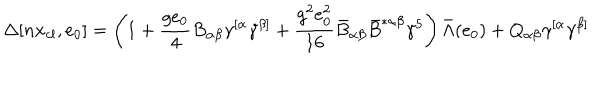
LaTeX: \Delta [ n x _ { c l } , e _ { 0 } ] = \left( 1 + \frac { g e _ { 0 } } { 4 } B _ { \alpha \beta } \gamma ^ { [ \alpha } \gamma ^ { \beta ] } + \frac { g ^ { 2 } e _ { 0 } ^ { 2 } } { 1 6 } \bar { B } _ { \alpha \beta } \bar { B } ^ { * \alpha \beta } \gamma ^ { 5 } \right) \bar { \Lambda } ( e _ { 0 } ) + Q _ { \alpha \beta } \gamma ^ { [ \alpha } \gamma ^ { \beta ] }